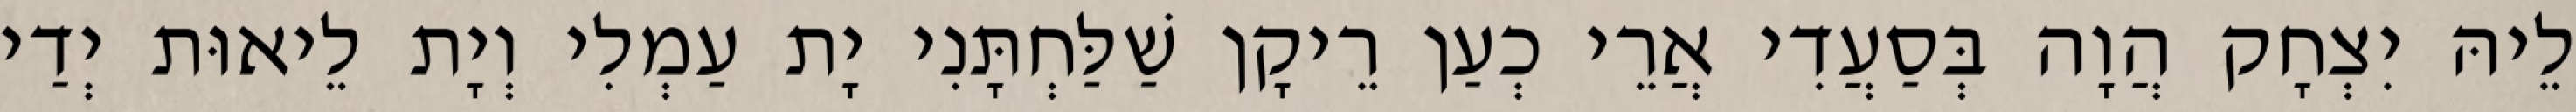
לֵיהּ יִצְחָק הֲוָה בְּסַעֲדִי אֲרֵי כְעַן רֵיקָן שַׁלַּחְתָּנִי יָת עַמְלִי וְיָת לֵיאוּת יְדַי